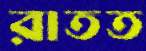
রাতত